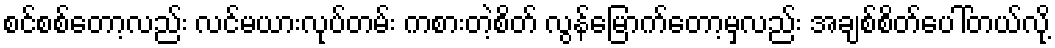
စင်စစ်တော့လည်း လင်မယားလုပ်တမ်း ကစားတဲ့စိတ် လွန်မြောက်တော့မှလည်း အချစ်စိတ်ပေါ်တယ်လို့